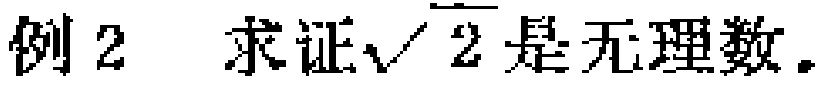
例2 求证\(\sqrt{2}\)是无理数。